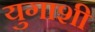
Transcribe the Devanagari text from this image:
युगाशी